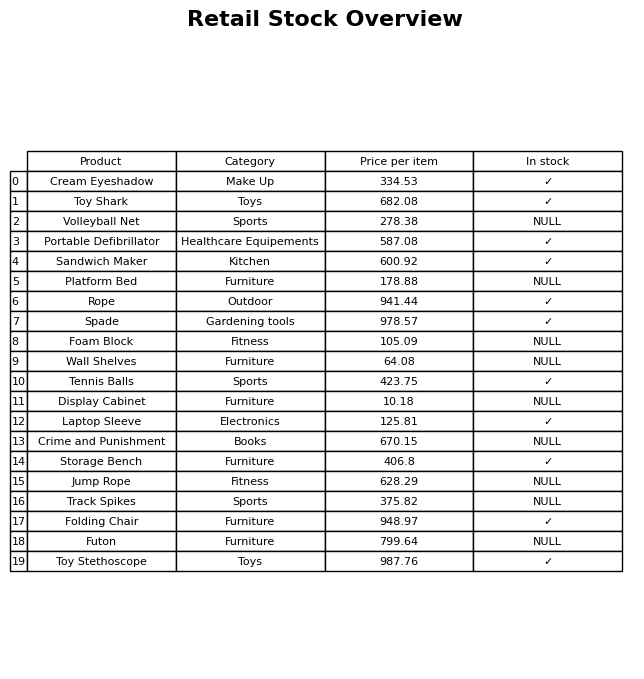
question: What is the stock status of the Folding Chair?
answer: ✓